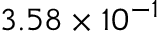
3 . 5 8 \times 1 0 ^ { - 1 }